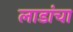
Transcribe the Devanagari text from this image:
लाडांचा